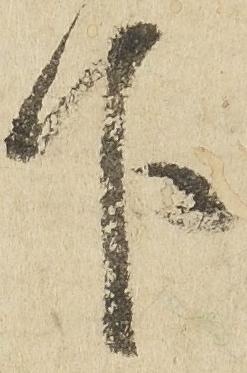
下